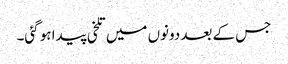
جس کے بعد دونوں میں تلخی پیدا ہو گئی۔